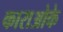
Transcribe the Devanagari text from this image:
काराओके